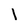
Character: l